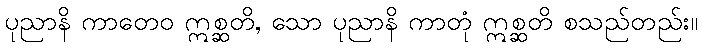
ပုညာနိ ကာတေဝ ဣစ္ဆတိ, သော ပုညာနိ ကာတုံ ဣစ္ဆတိ စသည်တည်း။